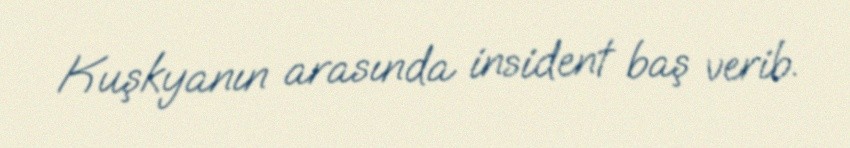
Kuşkyanın arasında insident baş verib.